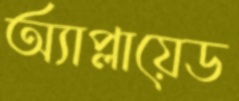
অ্যাপ্লায়েড